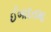
ઈબાદતમા